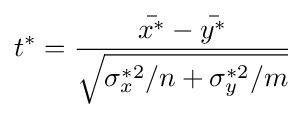
t^{*}={\frac {{\bar {x^{*}}}-{\bar {y^{*}}}}{\sqrt {\sigma _{x}^{*2}/n+\sigma _{y}^{*2}/m}}}